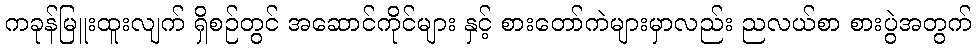
ကခုန်မြူးထူးလျက် ရှိစဉ်တွင် အဆောင်ကိုင်များ နှင့် စားတော်ကဲများမှာလည်း ညလယ်စာ စားပွဲအတွက်